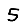
Digit: 5